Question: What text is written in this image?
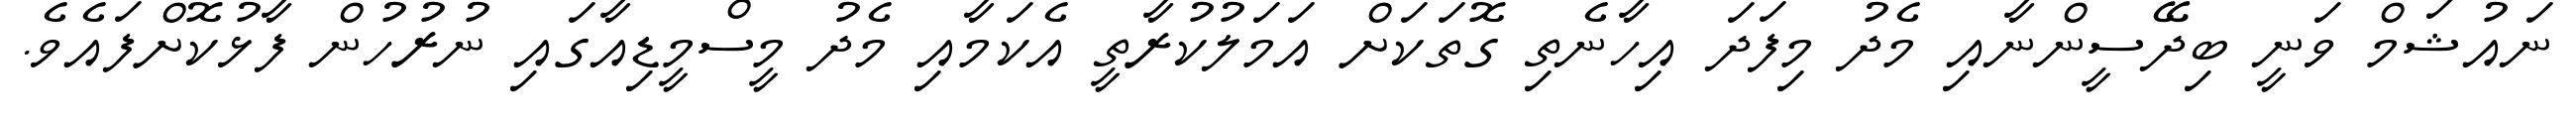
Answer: ނައުޝަމް ވަނީ ބިދޭސީންނާއި މެދު މިފަދަ އިހާނެތި ގޮތަކަށް އަމަލުކުރާތީ އެކަމާއި މެދު މީސްމީޑިއާގައި ނުރުހުން ފާޅުކޮށްފައެވެ.